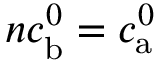
n c _ { \mathrm { b } } ^ { 0 } = c _ { \mathrm { a } } ^ { 0 }